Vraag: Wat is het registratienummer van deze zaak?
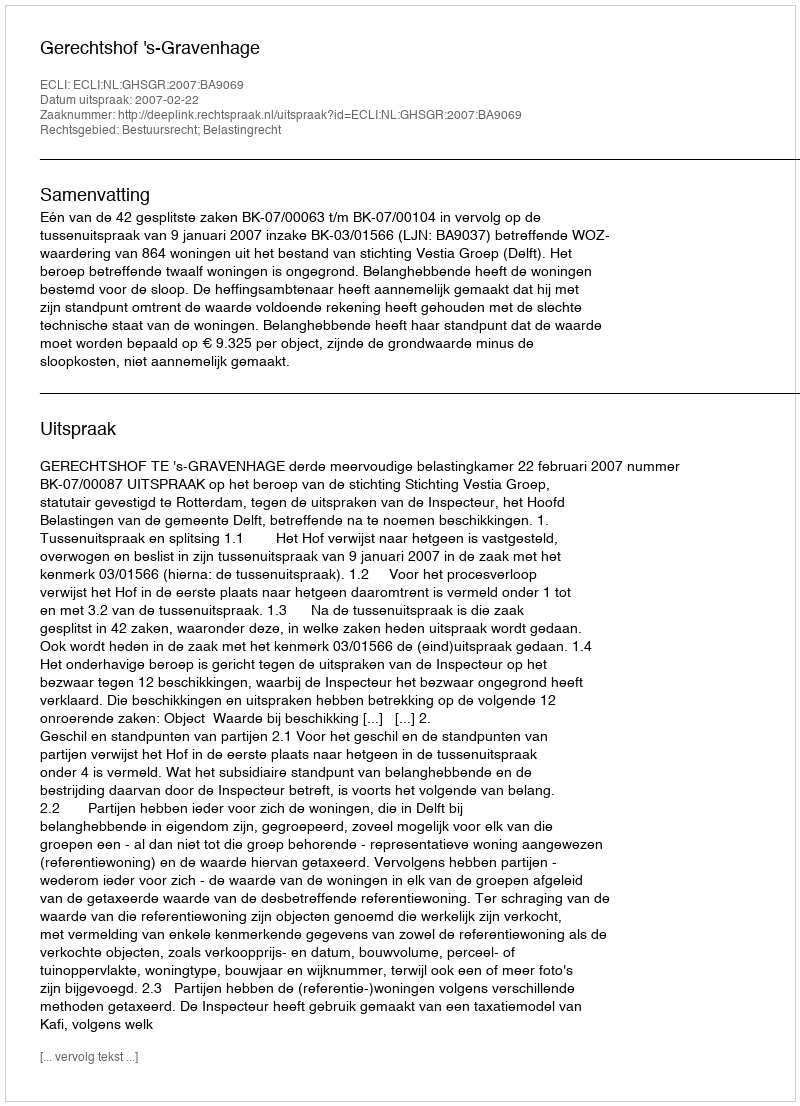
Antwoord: http://deeplink.rechtspraak.nl/uitspraak?id=ECLI:NL:GHSGR:2007:BA9069